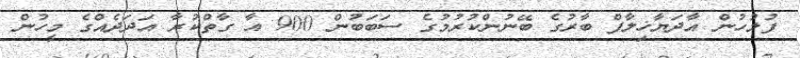
ފުލުހުން އާދަޔާޚިލާފް ބާރުގެ ބޭނުންކުރުމުގެ ސަބަބުން 900 އާ ގާތްކުރާ އަދަދެއްގެ މީހުން